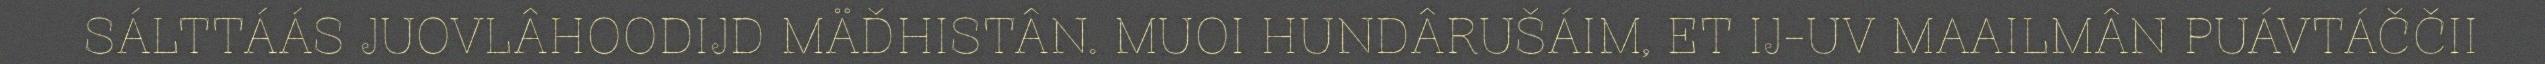
SÁLTTÁÁS JUOVLÂHOODIJD MÄĐHISTÂN. MUOI HUNDÂRUŠÁIM, ET IJ-UV MAAILMÂN PUÁVTÁČČII